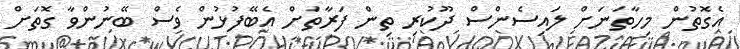
އެގޮތުން މިހާތަނަށް ލައިސެންސް ދޫކުރި ތިން ފަރާތަށް އެބޭފުޅުން ވެސް ބޭނުންވާ ގޮތަށް